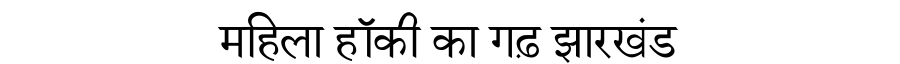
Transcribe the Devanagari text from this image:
महिला हॉकी का गढ़ झारखंड